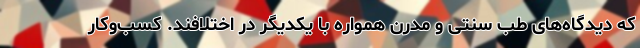
که دیدگاه‌های طب سنتی و مدرن همواره با یکدیگر در اختلافند. کسب‌وکار